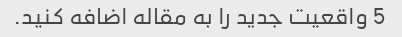
5 واقعیت جدید را به مقاله اضافه کنید.